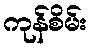
ကုန်စိမ်း